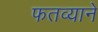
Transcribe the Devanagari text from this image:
फतव्याने